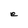
Character: e